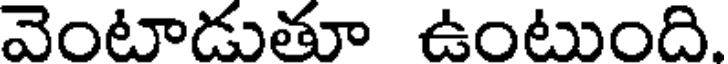
వెంటాడుతూ ఉంటుంది.